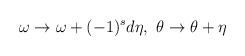
LaTeX: \begin{align*}\omega \rightarrow \omega +(-1)^s d \eta , \ \theta \rightarrow \theta + \eta\end{align*}